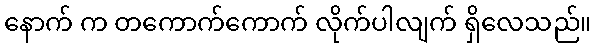
နောက် က တကောက်ကောက် လိုက်ပါလျက် ရှိလေသည်။